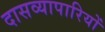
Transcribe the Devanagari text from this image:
दासव्यापारियों